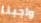
واجبنا